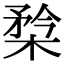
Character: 㮗